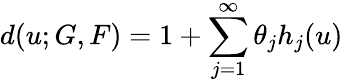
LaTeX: d(u;G,F)=1+\sum_{j=1}^{\infty}\theta_{j}h_{j}(u)